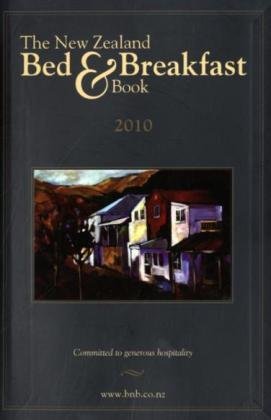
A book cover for The New Zealand Bed and Breakfast Book 2010 2010; Jim Thomas; Travel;